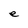
Character: e